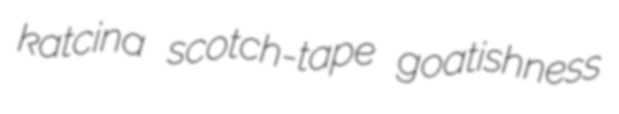
katcina scotch-tape goatishness